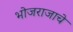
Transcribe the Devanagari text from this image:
भोजराजाचे